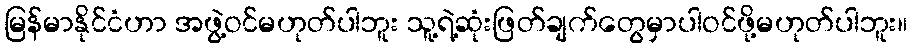
မြန်မာနိုင်ငံဟာ အဖွဲ့ဝင်မဟုတ်ပါဘူး သူ့ရဲ့ဆုံးဖြတ်ချက်တွေမှာပါဝင်ဖို့မဟုတ်ပါဘူး။